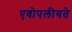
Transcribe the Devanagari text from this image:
एवोपलीयते